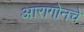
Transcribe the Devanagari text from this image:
आरागोनचे